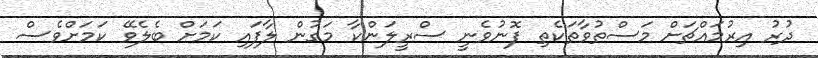
ދުރު އިރުމައްޗަށް މަސްތުވާތަކެތި ފޮނުވެނީ ސްރީލަންކާ މަގުން ލާފައި ކަމަށް ބެލެވޭ ކަމަށްވެސް